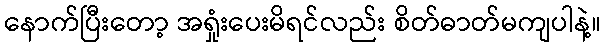
နောက်ပြီးတော့ အရှုံးပေးမိရင်လည်း စိတ်ဓာတ်မကျပါနဲ့။